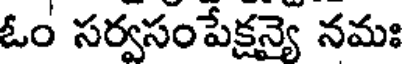
ఓం సర్వసంపేక్షన్యై నమః